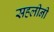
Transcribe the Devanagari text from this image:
सहलीनी